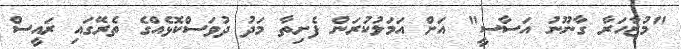
"މުޒާހަރާ ގާނޫނު އަސާސީ" އަށް އަމަލުކުރަން ފެށިތާ މަދު ދުވަސްކޮޅެއްގެ ތެރޭގައި ރައީސް